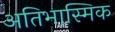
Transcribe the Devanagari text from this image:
अतिभास्मिक